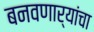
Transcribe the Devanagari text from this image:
बनवणार्यांचा